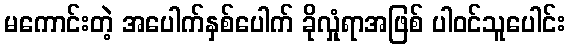
မကောင်းတဲ့ အပေါက်နှစ်ပေါက် ခိုလှုံရာအဖြစ် ပါဝင်သူပေါင်း